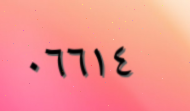
٠٦٦١٤